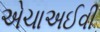
એચાઅઈવી